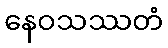
နေဝသဿတံ